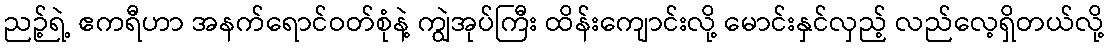
ညဉ့်ရဲ့ ဧကရီဟာ အနက်ရောင်ဝတ်စုံနဲ့ ကျွဲအုပ်ကြီး ထိန်းကျောင်းလို့ မောင်းနှင်လှည့် လည်လေ့ရှိတယ်လို့